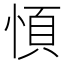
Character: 㥧